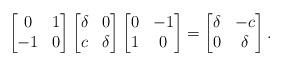
LaTeX: \begin{align*}\begin{bmatrix} 0 & 1 \\ -1 & 0\end{bmatrix} \begin{bmatrix} \delta & 0 \\ c & \delta \end{bmatrix} \begin{bmatrix} 0 & -1 \\ 1 & 0 \end{bmatrix} = \begin{bmatrix}\delta & -c \\ 0 & \delta \end{bmatrix}.\end{align*}